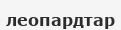
леопардтар